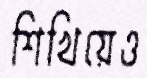
শিখিয়েও